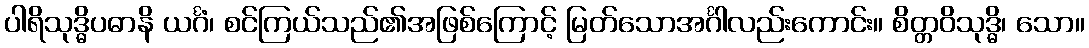
ပါရိသုဒ္ဓိပဓာနိ ယင်္ဂံ၊ စင်ကြယ်သည်၏အဖြစ်ကြောင့် မြတ်သောအင်္ဂါလည်းကောင်း။ စိတ္တဝိသုဒ္ဓိ၊ သော။